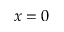
x = 0